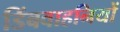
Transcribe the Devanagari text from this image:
डिंबवाहनियों